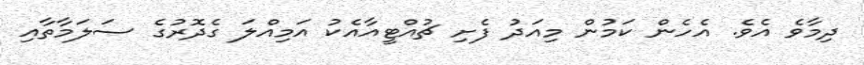
ދިމާވެ އެވެ. އެހެން ކަމުން މިއަދު ފެށި ޗުއްޓީއާއެކު އަމިއްލަ ގެދޮރުގެ ސަލަމާތާއި